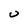
Character: U